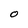
Character: O